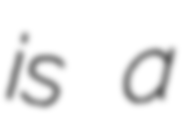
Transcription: is a